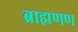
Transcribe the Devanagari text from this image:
ब्राह्मणण